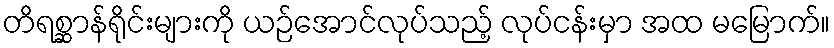
တိရစ္ဆာန်ရိုင်းများကို ယဉ်အောင်လုပ်သည့် လုပ်ငန်းမှာ အထ မမြောက်။